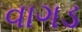
વાગડ